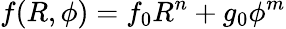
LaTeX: f(R,\phi)=f_{0}R^{n}+g_{0}\phi^{m}